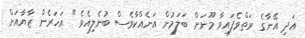
އަދި އޭނާގެ ރަތްވެފައިވާ މޫނަށް ބަލަމުން އަނެއްކާވެސް ބުނެލިއެވެ " އަހަރެން ޒާޔާއަށް